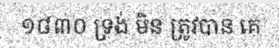
១៨៣០ ទ្រង់ មិន ត្រូវបាន គេ